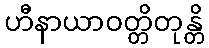
ဟီနာယာဝတ္တိတုန္တိ